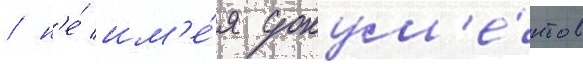
/ н'е́ им'е́я докум'е́нтов